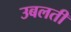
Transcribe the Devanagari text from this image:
उबलती